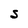
Character: S